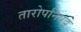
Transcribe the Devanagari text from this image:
तारोपनिषद्